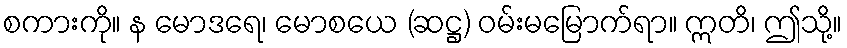
စကားကို။ န မောဒရေ၊ မောစယေ (ဆဋ္ဌ) ဝမ်းမမြောက်ရာ။ ဣတိ၊ ဤသို့။